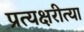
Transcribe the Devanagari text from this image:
प्रत्यक्षरीत्या